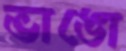
ভাঙো